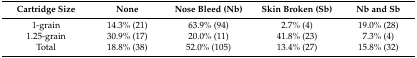
<table><thead><tr><td><b>Cartridge Size</b></td><td><b>None</b></td><td><b>Nose Bleed (Nb)</b></td><td><b>Skin Broken (Sb)</b></td><td><b>Nb and Sb</b></td></tr></thead><tbody><tr><td>1-grain</td><td>14.3% (21)</td><td>63.9% (94)</td><td>2.7% (4)</td><td>19.0% (28)</td></tr><tr><td>1.25-grain</td><td>30.9% (17)</td><td>20.0% (11)</td><td>41.8% (23)</td><td>7.3% (4)</td></tr><tr><td>Total</td><td>18.8% (38)</td><td>52.0% (105)</td><td>13.4% (27)</td><td>15.8% (32)</td></tr></tbody></table>